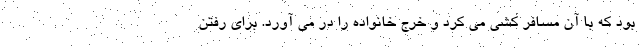
بود که با آن مسافر کشی می کرد و خرج خانواده را در می آورد. برای رفتن